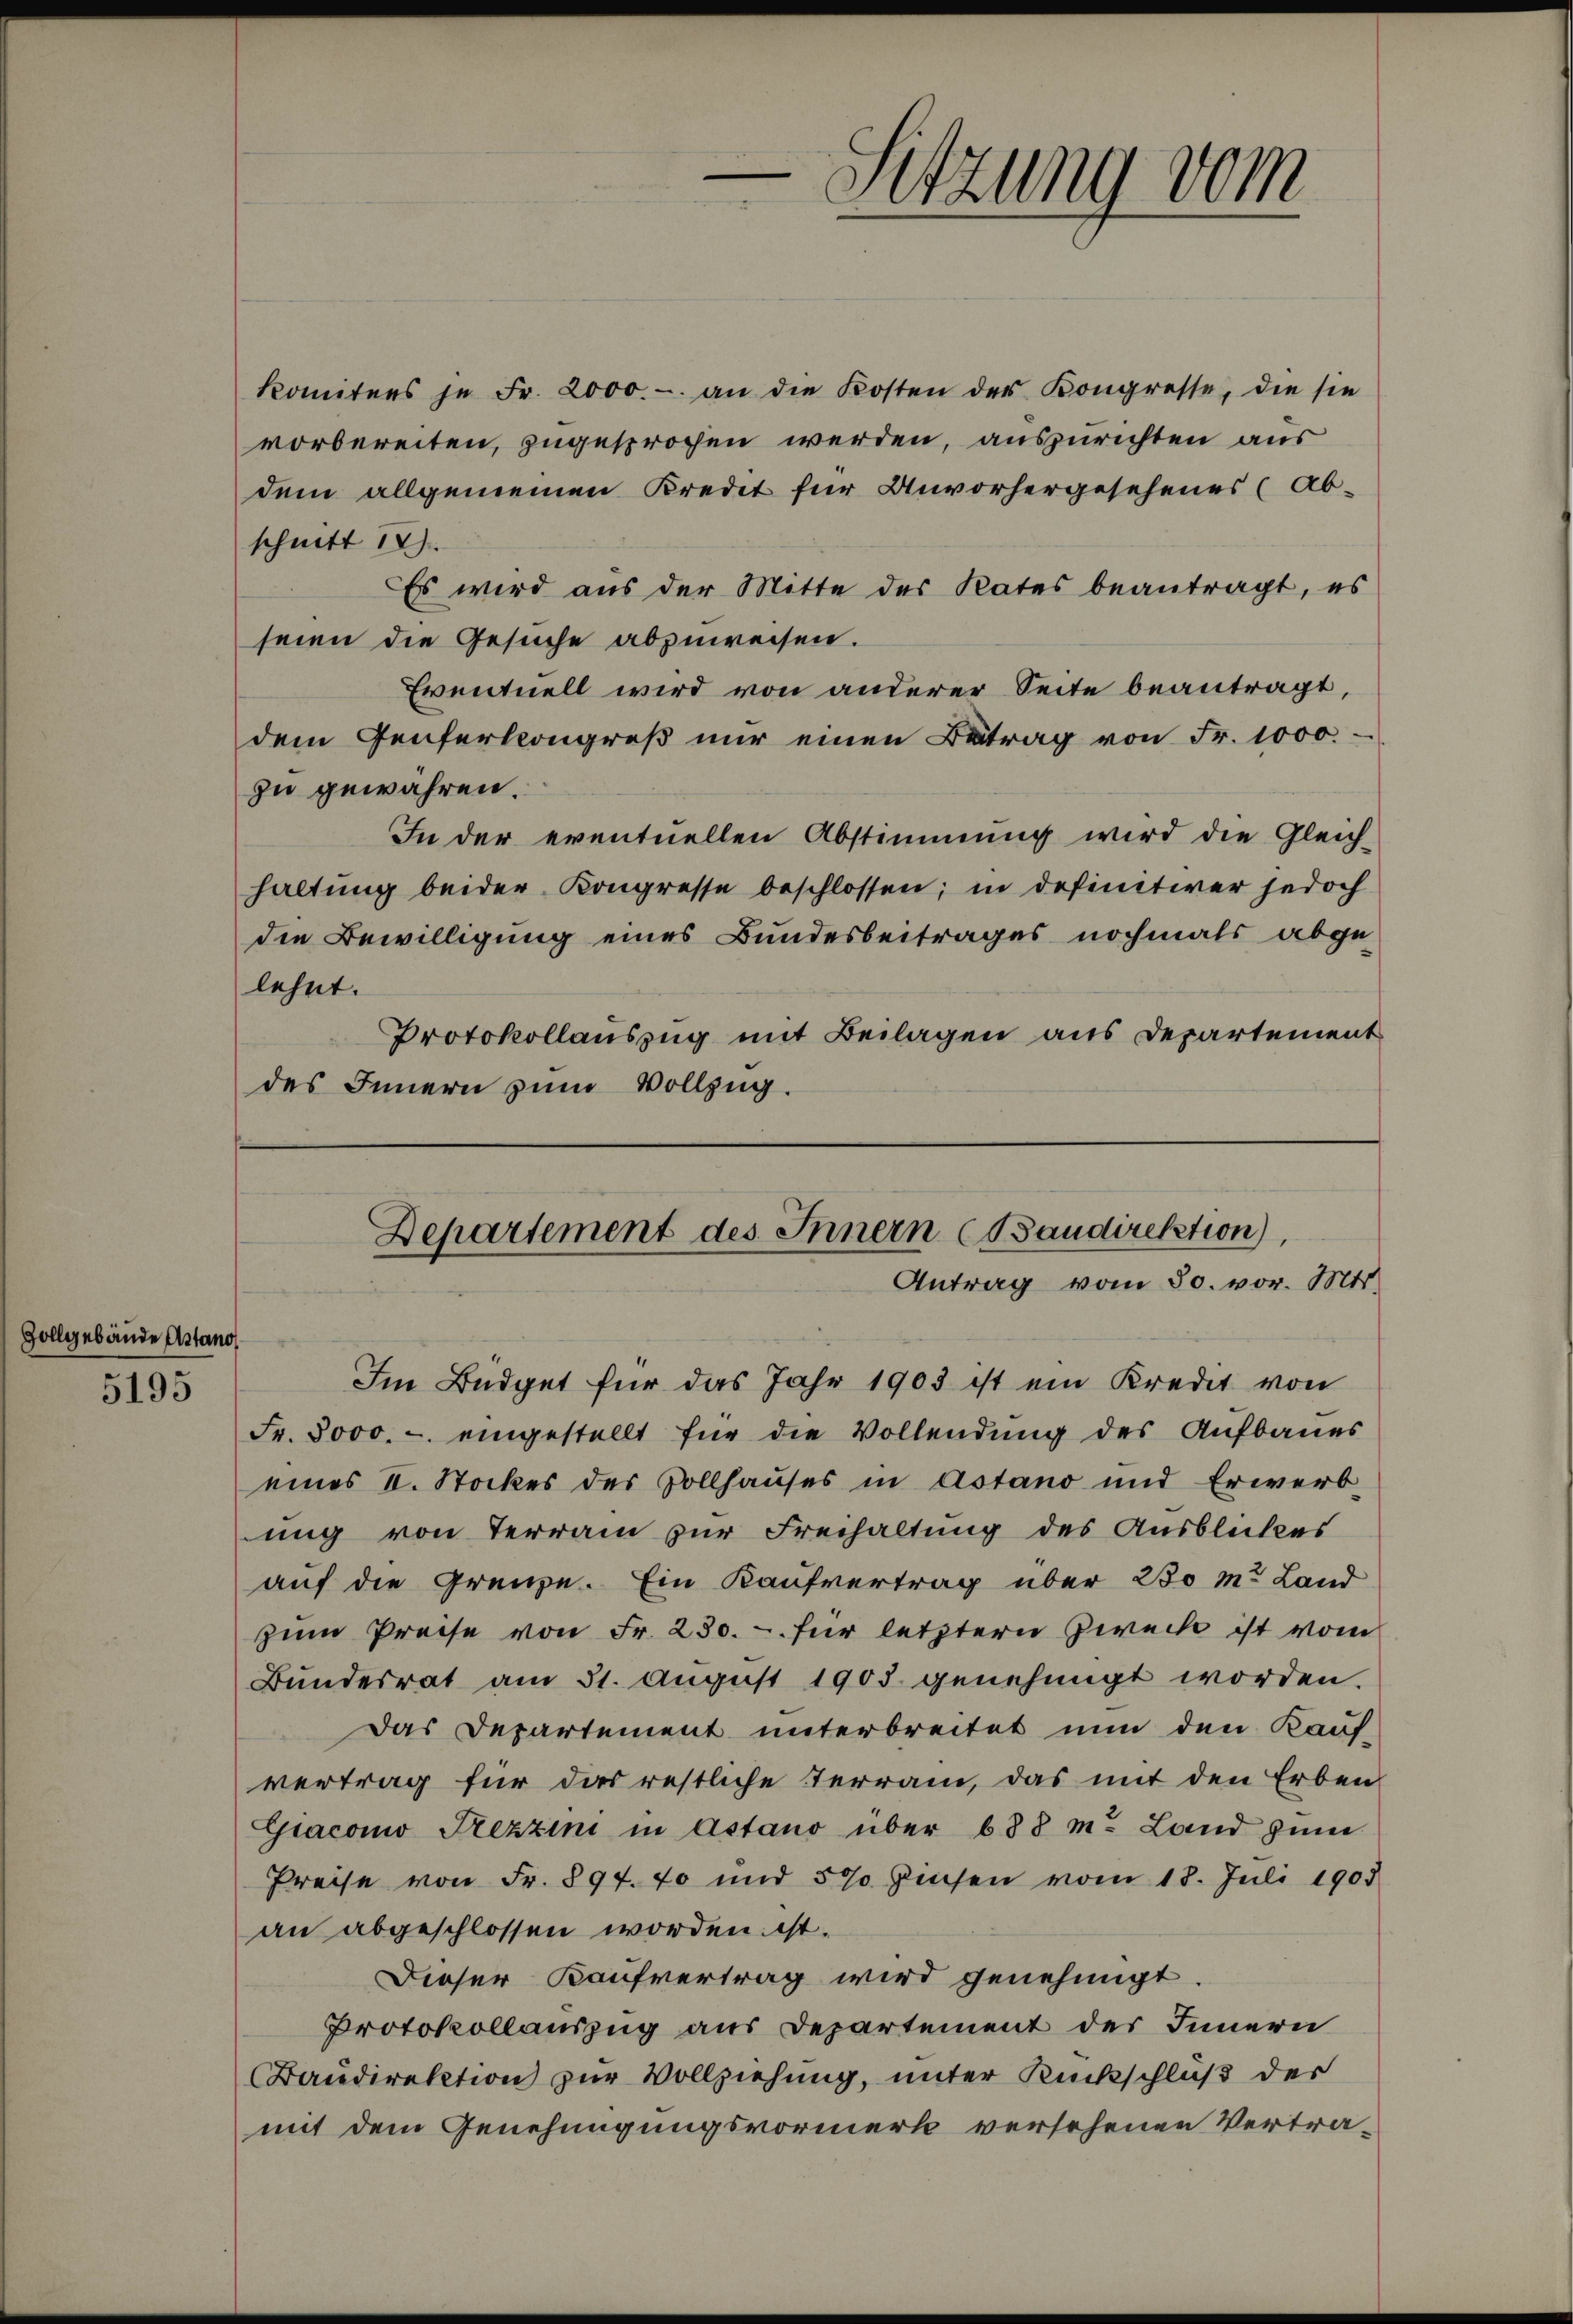
Zollgebäude Antano

5195

Sitzung vom

komitees je Fr. 2000.- an die Kosten der Kongresse, die sie
vorbereiten, zugesprochen werden, auszurichten aus
dem allgemeinen Kredet für Unvorhergesehenes (Ab-
schnitt 12.
Es wird aus der Mitte des Rates beantragt, es
seien die Gesuche abzuweisen.
Eventuell wird von anderer Seite beantragt,
dem Genferkongreß nur einen Betrag von Fr. 1000.
zu gewähren.
In der eventuellen Abstimmung wird die Gleich-
haltung beider Kongresse beschlossen; in definitiver jedoch
die Bewilligung eines Bundesbeitrages nochmals abge-
lehnt.
Protokollauszug mit Beilagen aus Departement
des Innern zum Vollzug.

Departement des Innern (Baudirektion),
Antrag vom 30. vor. Mts.

Im Büdget für das Jahr 1903 ist ein Kredit von
Fr. 5000.- eingestellt für die Vollendung des Aufbaues
eines II. Stockes des Sollhauses in Astano und Erwerb-
ung von Terrain zur Freihaltung des Ausblickes
auf die Grenze. Ein Kaufvertrag über 230 m. Land
zŭm Preise von Fr. 230.- für letztern Zwecke ist vom
Bundesrat am 31. August 1903 genehmigt worden.
Das Departement unterbreitet nun den Kauf-
vertrag für das restliche Terrain, das mit den Erben
Giacomo Trezzini in Astano über 688 m. Land zum
Preise von Fr. 894. 70 und 5% Zinsen vom 18. Juli 1905
an abgeschlossen worden ist.
Dieser Kaufvertrag wird genehmigt.
Protokollauszug aus Departement des Innern
Baudirektion zur Vollziehung, unter Rückschluß der
mit dem Genehmigungsvormerk versehenen Vertra-